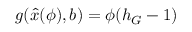
g ( \hat { x } ( \phi ) , b ) = \phi ( h _ { G } - 1 )